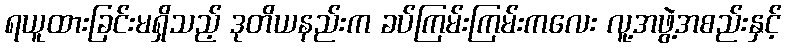
ရယူထားခြင်းမရှိသည့် ဒုတိယနည်းက ခပ်ကြမ်းကြမ်းကလေး လူ့အဖွဲ့အစည်းနှင့်